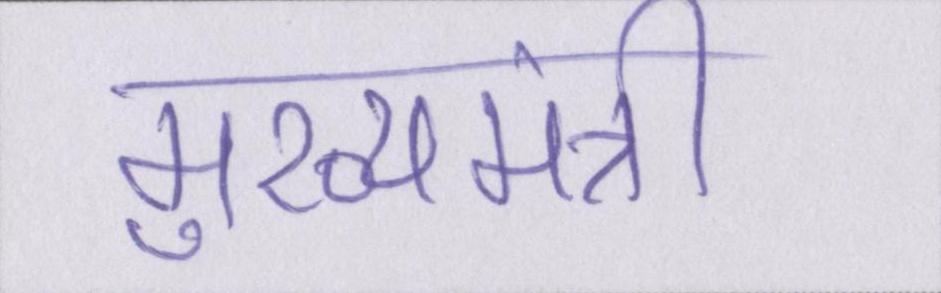
मुख्यमंत्री